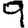
Digit: 9